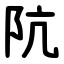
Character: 阬